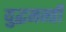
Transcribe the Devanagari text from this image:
युद्धमन्त्री